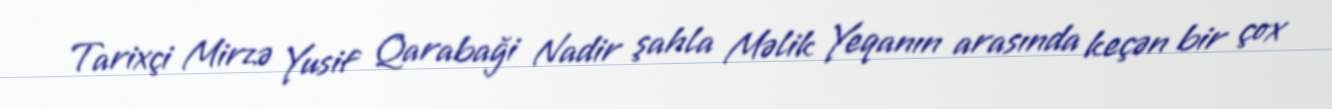
Tarixçi Mirzə Yusif Qarabaği Nadir şahla Məlik Yeqanın arasında keçən bir çox